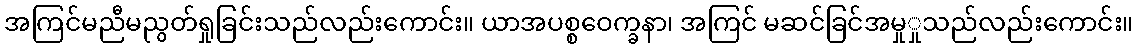
အကြင်မညီမညွတ်ရှုခြင်းသည်လည်းကောင်း။ ယာအပစ္စဝေက္ခနာ၊ အကြင် မဆင်ခြင်အမှုှုသည်လည်းကောင်း။